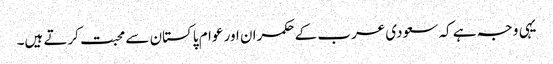
یہی وجہ ہے کہ سعودی عرب کے حکمران اور عوام پاکستان سے محبت کرتے ہیں۔